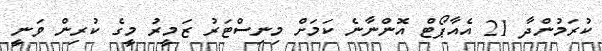
ކުރަމުންދާ 21 އެއާޕޯޓް އޮންނާނެ ކަމަށް މިނިސްޓަރު ޒަމީރު މީގެ ކުރިން ވަނީ